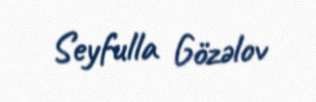
Seyfulla Gözəlov